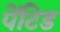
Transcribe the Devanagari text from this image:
पेंटिड